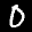
Label: 0